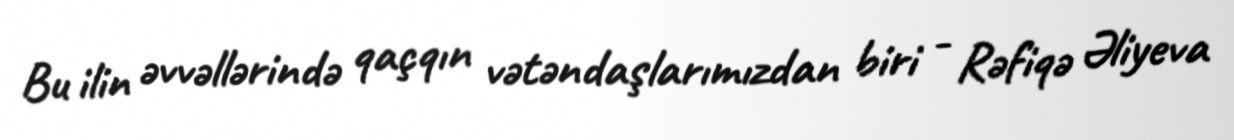
Bu ilin əvvəllərində qaçqın vətəndaşlarımızdan biri - Rəfiqə Əliyeva